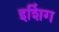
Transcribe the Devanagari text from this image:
इशिंग